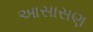
આસાસણ